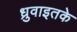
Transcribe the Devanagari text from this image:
ध्रुवाइतके